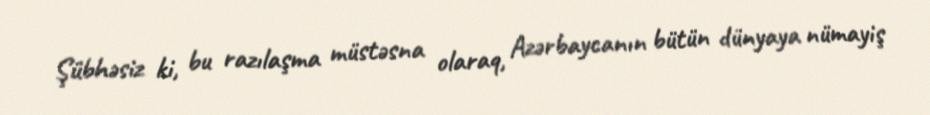
Şübhəsiz ki, bu razılaşma müstəsna olaraq, Azərbaycanın bütün dünyaya nümayiş